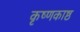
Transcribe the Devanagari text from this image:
कृष्णकाष्ठ